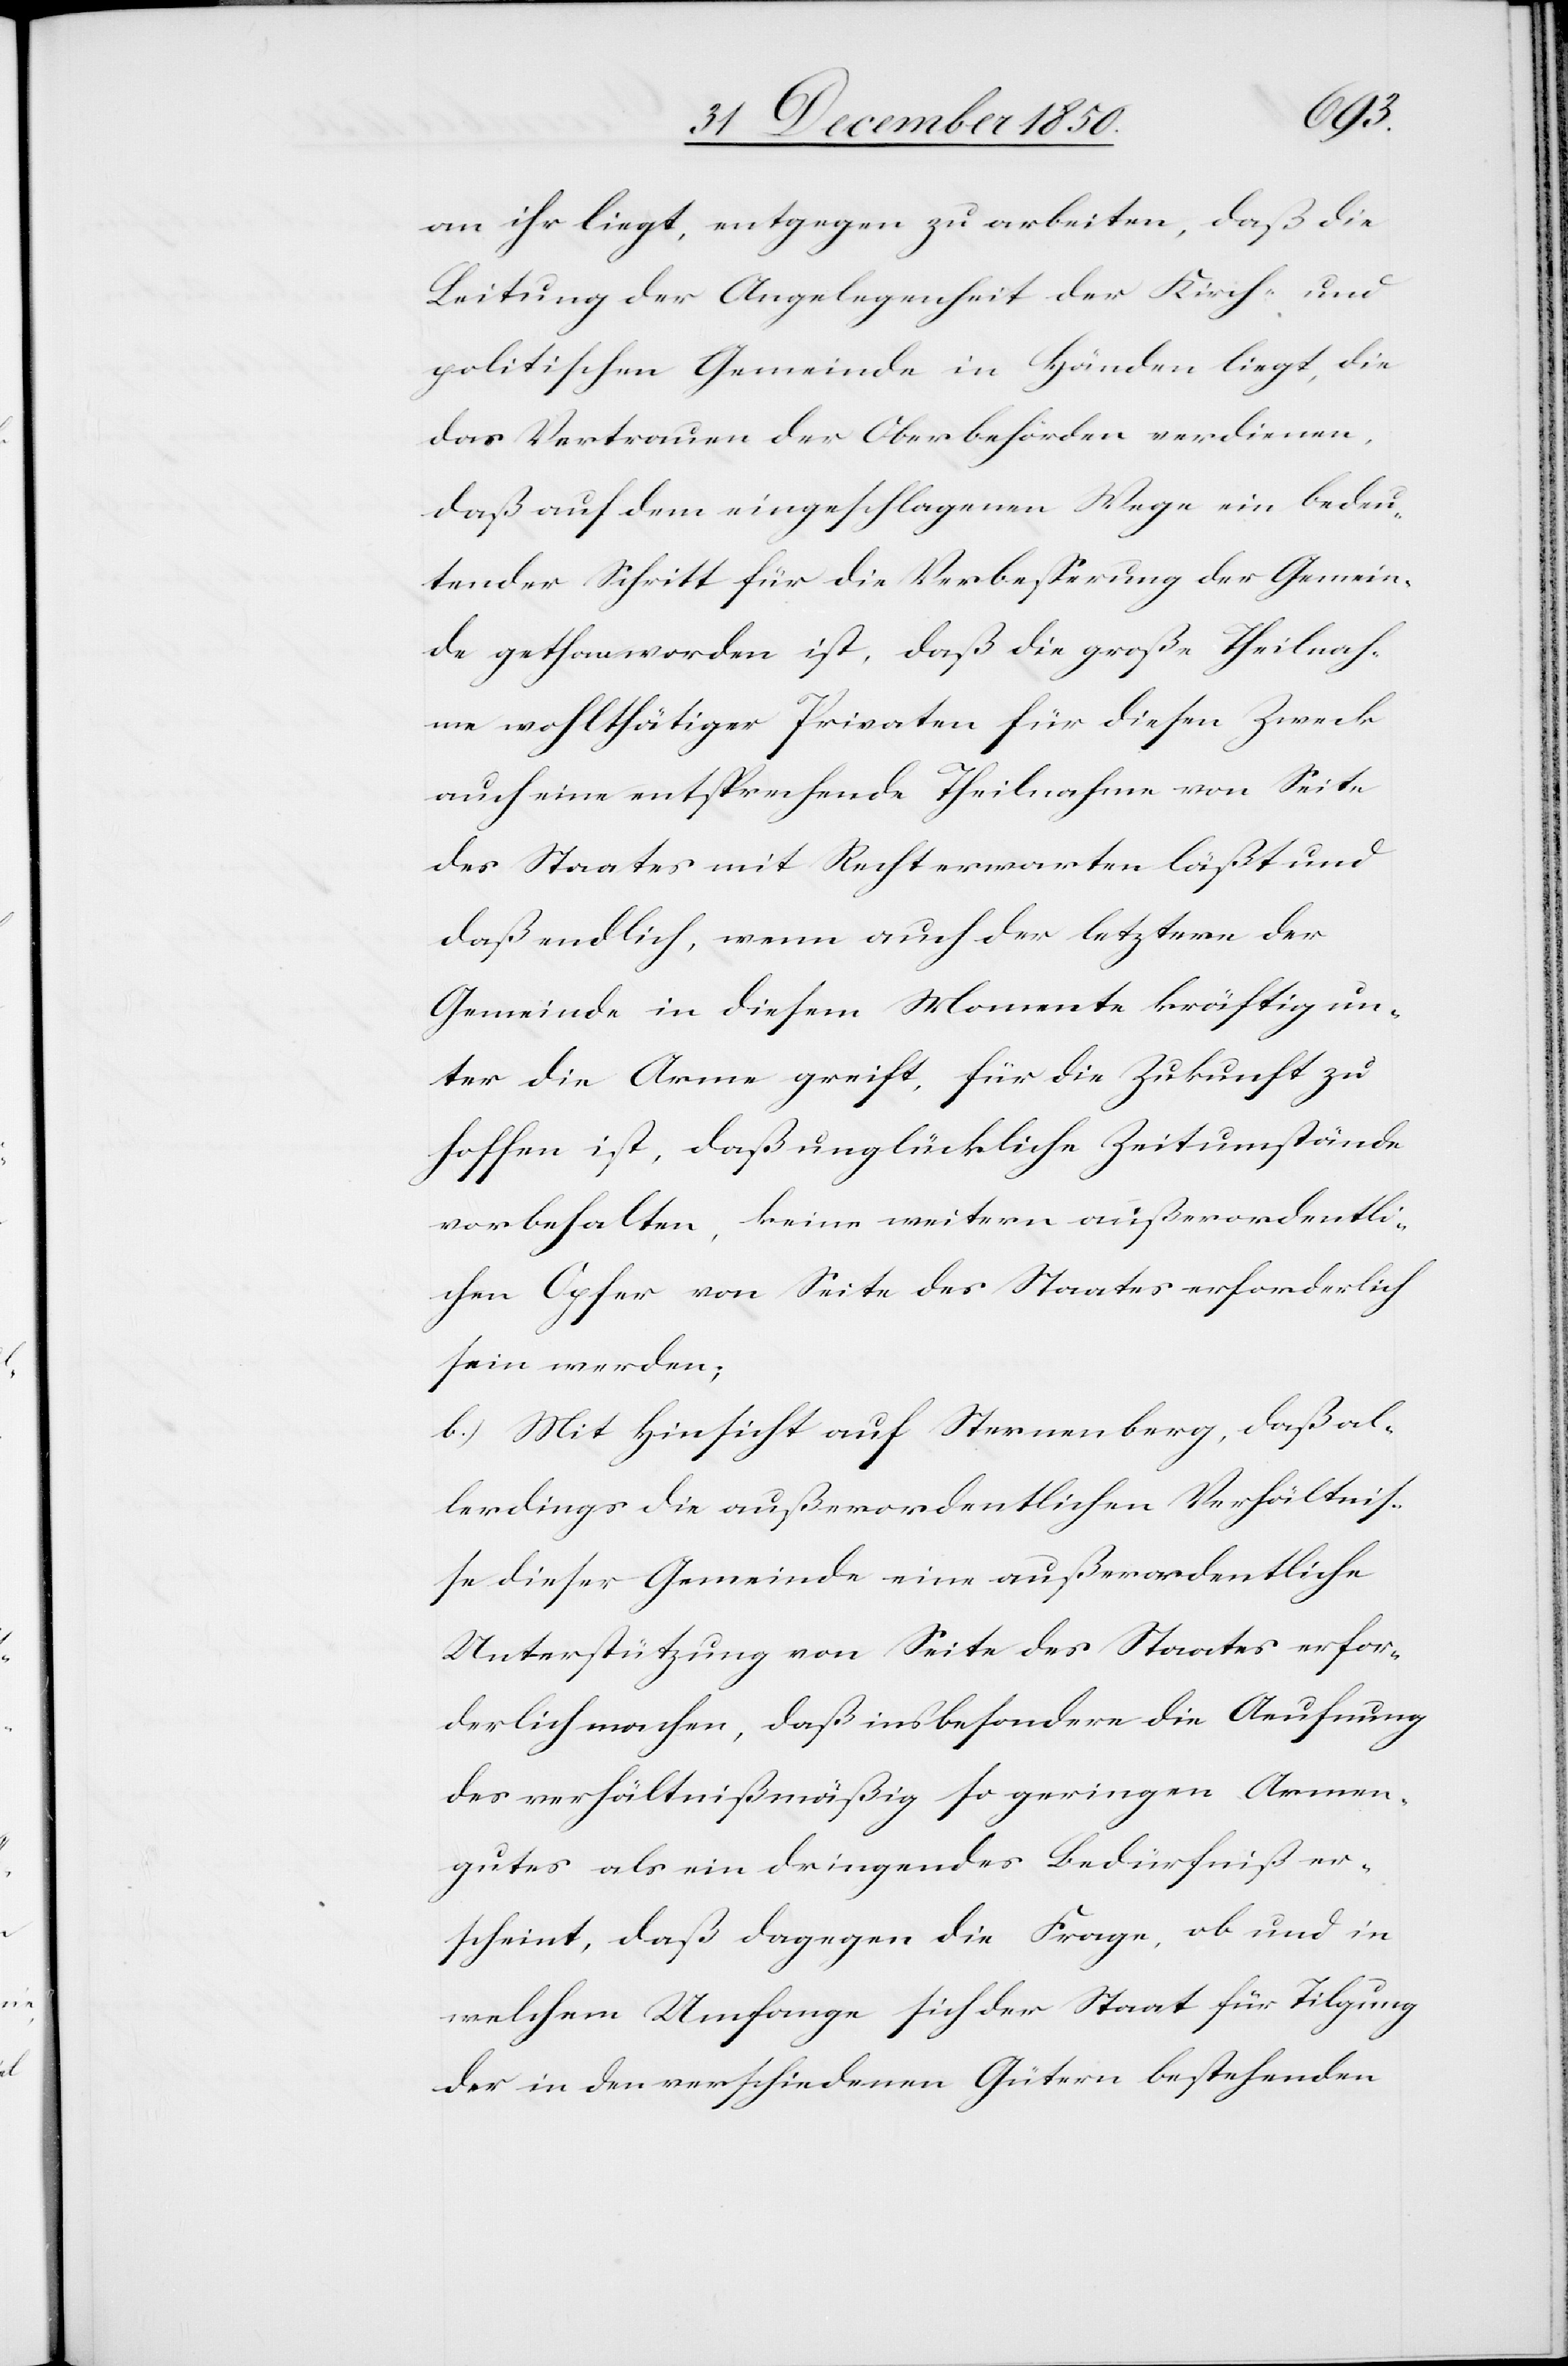
die
an ihr liegt, entgegen zu arbeiten, daß die
Leitung der Angelegenheit der Kirch- und
politischen Gemeinde in Händen liegt, die
das Vertrauen der Oberbehörden verdienen,
daß auf dem eingeschlagenen Wege ein bedeu¬
tender Schritt für die Verbesserung der Gemein¬
de gethan worden ist, daß die große Theilnah¬
me wohlthätiger Privaten für diesen Zweck
auch eine entsprechende Theilnahme von Seite
des Staates mit Recht erwarten läßt und
daß endlich, wenn auch der letztere der
Gemeinde in diesem Momente kräftig un¬
ter die Arme greift, für die Zukunft zu
hoffen ist, daß unglückliche Zeitumstände
vorbehalten, keine weitern außerordentli¬
chen Opfer von Seite des Staates erforderlich
sein werden;
b.) Mit Hinsicht auf Sternenberg, daß al¬
lerdings die außerordentlichen Verhältnis¬
se dieser Gemeinde eine außerordentliche
Unterstützung von Seite des Staates erfor¬
des verhältnißmäßig so geringen Armen¬
gutes als ein dringendes Bedürfniß er¬
scheint, daß dagegen die Frage, ob und in
welchem Umfange sich der Staat für Tilgung
der in den verschiedenen Gütern bestehenden